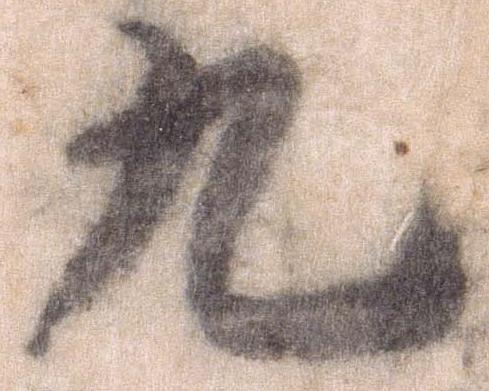
九